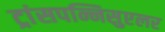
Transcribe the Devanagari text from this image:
ट्रांसपन्निसुएलर